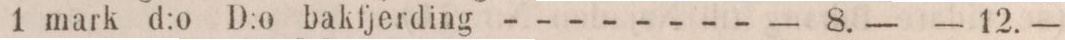
1 mark d:o D:o bakfjerding - - - - - - - -    — 8.—    — 12.—